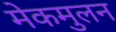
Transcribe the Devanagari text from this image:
मेकमुलन